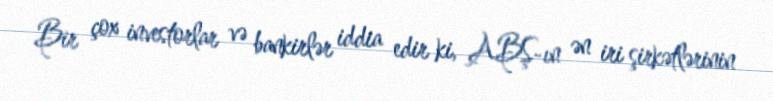
Bir çox investorlar və bankirlər iddia edir ki, ABŞ-ın ən iri şirkətlərinin